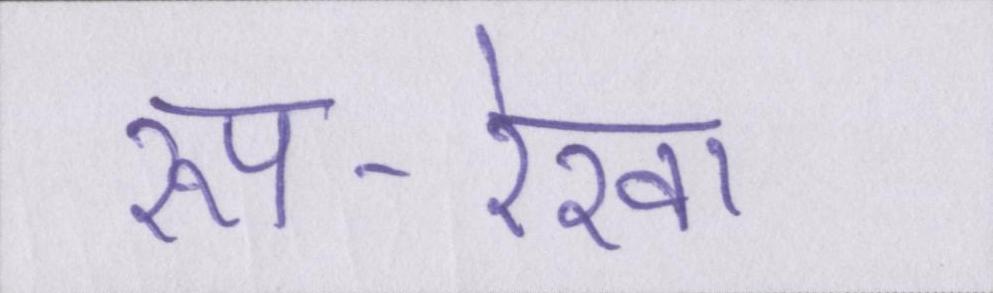
रूप-रेखा